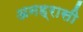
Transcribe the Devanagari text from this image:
अनह्रासी